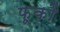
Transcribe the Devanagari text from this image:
फूकों